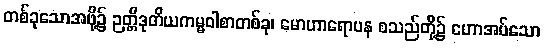
တစ်ခုသောအဖို့၌ ဉတ္တိဒုတိယကမ္မဝါစာတစ်ခု၊ မောဟာရောပန စသည်တို့၌ ဟောအပ်သော